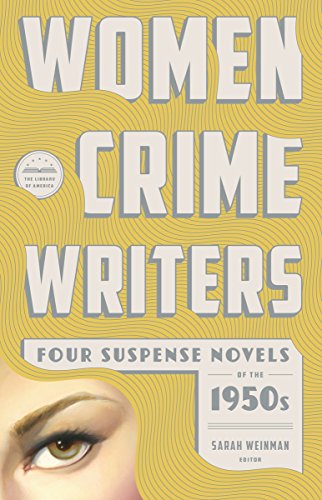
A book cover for Women Crime Writers: Four Suspense Novels of the 1950s: Mischief / The Blunderer / Beast in View / Fools' Gold (Library of America); Charlotte Armstrong; Mystery, Thriller & Suspense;